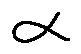
\alpha